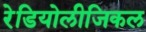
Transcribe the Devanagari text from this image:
रेडियोलीजिकल